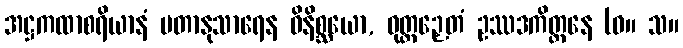
အဋ္ဌကထာစရိယာနံ မတာနုသာရေန ဝိနိစ္ဆယော, ဝုတ္တဉှေတံ ဥဿဒကိတ္တနေ (ဓ။ သ။